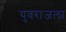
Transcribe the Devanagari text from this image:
युवराजला